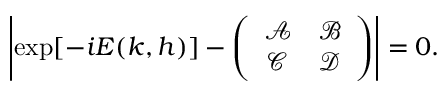
\left| \exp [ - i E ( k , h ) ] - \left( \begin{array} { c c } { \mathcal { A } } & { \mathcal { B } } \\ { \mathcal { C } } & { \mathcal { D } } \end{array} \right) \right| = 0 .